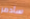
سأدمر